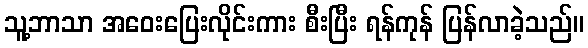
သူ့ဘာသာ အဝေးပြေးလိုင်းကား စီးပြီး ရန်ကုန် ပြန်လာခဲ့သည်။